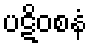
ပဋိဝစနံ